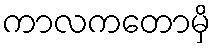
ကာလကတောမှိ